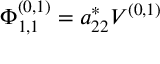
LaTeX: \Phi _ { 1 , 1 } ^ { ( 0 , 1 ) } = a _ { 2 2 } ^ { * } V ^ { ( 0 , 1 ) }